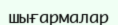
шығармалар